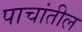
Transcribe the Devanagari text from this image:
पाचांतील